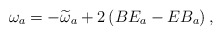
\begin{align*}\omega _{a}=-\widetilde{\omega }_{a}+2\left( BE_{a}-EB_{a}\right) ,\end{align*}